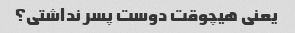
یعنی هیچوقت دوست پسر نداشتی؟